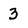
Character: 3